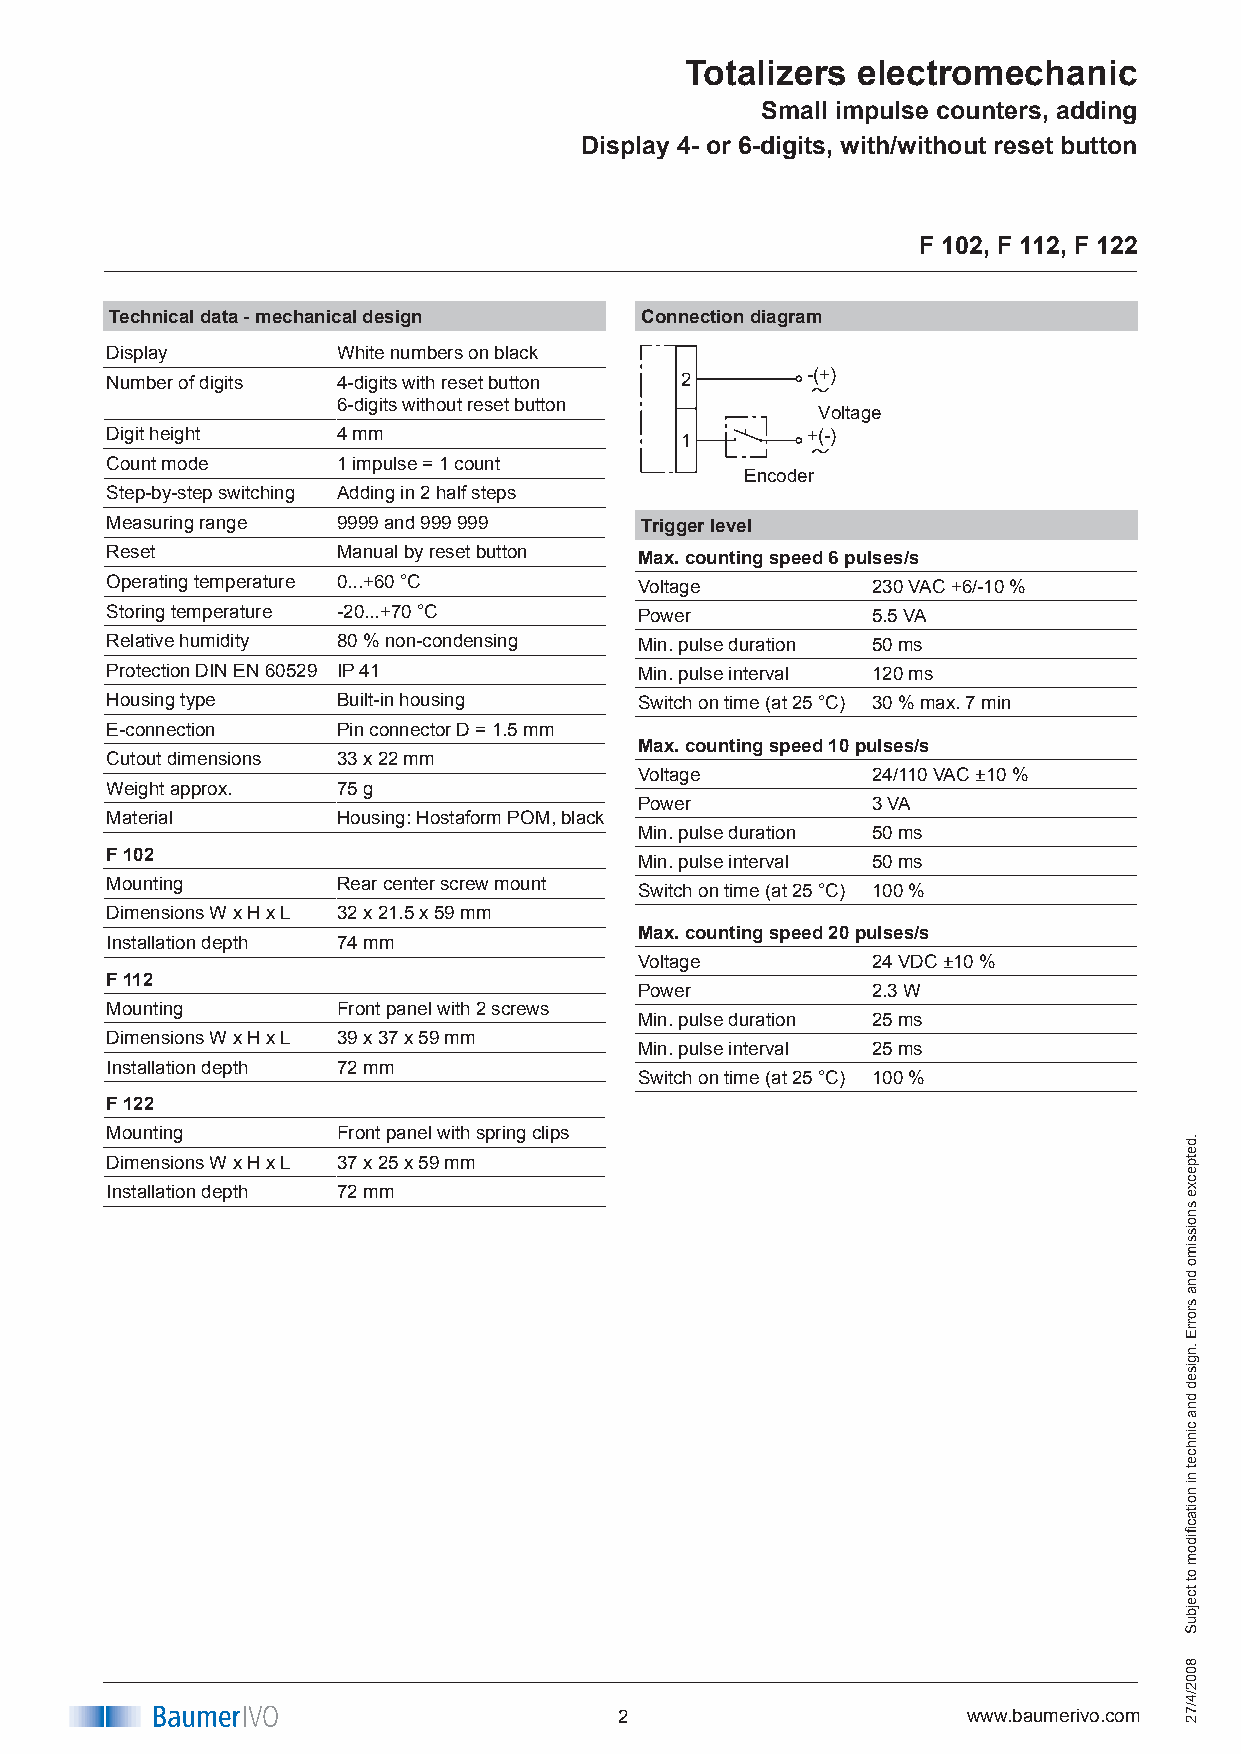
Totalizers  electromechanic
 Small impulse counters, adding
 Display 4- or 6-digits, with/without reset button
 F 102, F 112, F 122
 Technical data - mechanical design Connection diagram
 Display        White numbers on black
 Number of digits 4-digits with reset button 2 -(+)
 6-digits without reset button   Voltage
 Digit height   4 mm                   1       +(-)
 Count mode     1 impulse = 1 count
 Encoder
 Step-by-step switching Adding in 2 half steps
 Measuring range 9999 and 999 999   Trigger level
 Reset          Manual by reset button
 Max. counting speed 6 pulses/s
 Operating temperature 0...+60 °C   Voltage         230VAC+6/-10%
 Storing temperature -20...+70 °C   Power           5.5VA
 Relative humidity 80 % non-condensing Min.pulseduration 50ms
 Protection DIN EN 60529 IP 4      Min.pulseinterval 120ms
 Housing type   Built-in housing    Switchontime(at25°C) 30%max.7min
 E-connection   Pin connector D = 1.5 mm
 Max. counting speed 10 pulses/s
 Cutout dimensions 33 x 22 mm
 Voltage         24/110VAC±10%
 Weight approx. 75 g
 Power           3VA
 Material       Housing: Hostaform POM, black
 Min.pulseduration 50ms
 F 102                              Min.pulseinterval 50ms
 Mounting       Rear center screw mount
 Switchontime(at25°C) 100%
 Dimensions W x H x L 32 x 21.5 x 59 mm
 Max. counting speed 20 pulses/s
 Installation depth 74 mm
 Voltage         24VDC±10%
 F 112
 Power           2.3W
 Mounting       Front panel with 2 screws
 Min.pulseduration 25ms
 Dimensions W x H x L 39 x 37 x 59 mm
 Min.pulseinterval 25ms
 Installation depth 72 mm
 Switchontime(at25°C) 100%
 F 122
 Mounting       Front panel with spring clips
 Dimensions W x H x L 37 x 25 x 59 mm
 Installation depth 72 mm
 wwwwww..bbaauummeerriivvoo..ccoomm       2                      www.baumerivo.com
 .detpecxe
 snoissimo
 dna
 srorrE
 .ngised
 dna
 cinhcet
 ni
 noitacfiidom
 ot
 tcejbuS
 8002/4/72